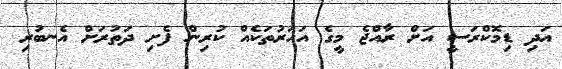
އަދި ޑިމޮކްރަސީ އަށް ރާއްޖެ މީގެ އަހަރުތަކެއް ކުރިން ފެށި ދަތުރަށް އެނބުރި